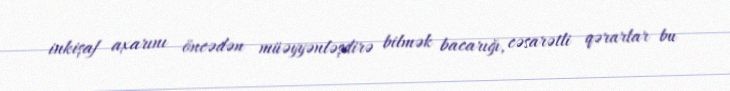
inkişaf axarını öncədən müəyyənləşdirə bilmək bacarığı, cəsarətli qərarlar bu